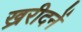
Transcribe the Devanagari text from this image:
ख्ररीदनें